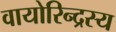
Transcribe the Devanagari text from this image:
वायोरिन्द्रस्य